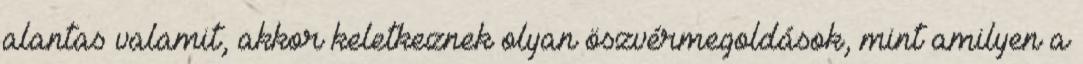
alantas valamit, akkor keletkeznek olyan öszvérmegoldások, mint amilyen a